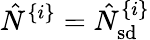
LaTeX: \hat{N}^{\{ i\} }=\hat{N}_{\mathrm{sd}}^{\{ i\} }